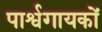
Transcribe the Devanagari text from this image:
पार्श्वगायकों